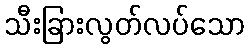
သီးခြားလွတ်လပ်သော